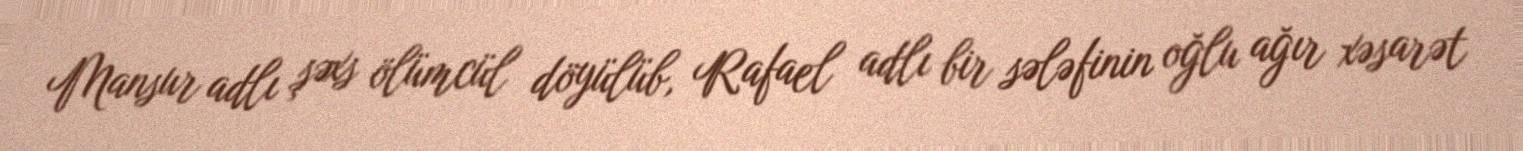
Mansur adlı şəxs ölümcül döyülüb, Rafael adlı bir sələfinin oğlu ağır xəsarət